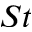
S t